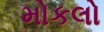
મોકલો